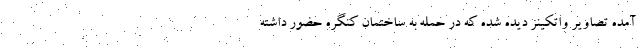
آمده تصاویر واتکینز دیده شده که در حمله به ساختمان کنگره حضور داشته